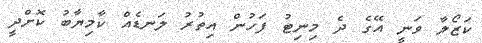
ކަޒޯލާ ވަނީ އޭގެ ދެ މިނިޓު ފަހުން އިތުރު ލަނޑެއް ކާމިޔާބު ކޮށްދީ